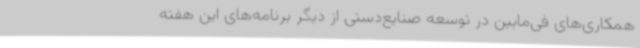
همکاری‌های فی‌مابین در توسعه صنایع‌دستی از دیگر برنامه‌های این هفته